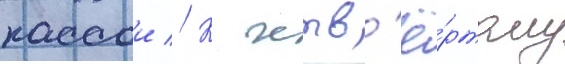
кассои // К четв'ё́ртому